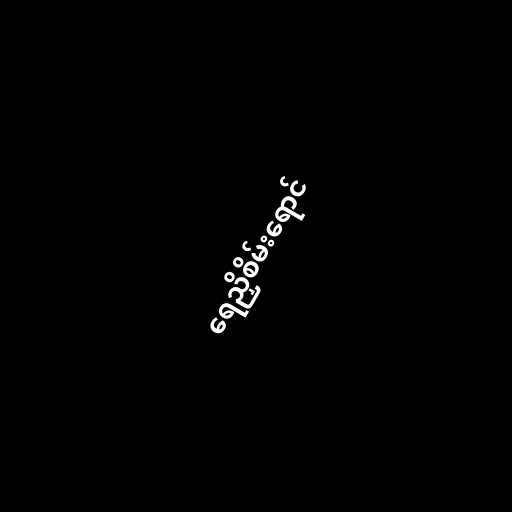
ရေညှိစိမ်းရောင်